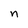
Character: n